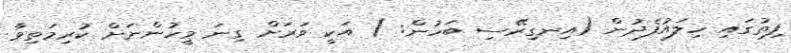
ފިތުގައި ހިލައުފެދުން (އިނގިރޭސި ބަހުން: ) އަކީ ވަރަށް ގިނަ މީހުންނަށް ކުރިމަތިވާ